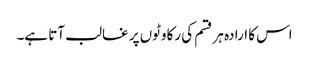
اس کا ارادہ ہر قسم کی رکاوٹوں پر غالب آتا ہے۔